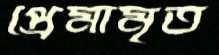
প্রেমামৃত